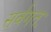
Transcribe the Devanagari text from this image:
सर्वगतः